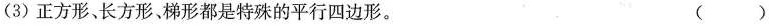
(3)正方形、长方形、梯形都是特殊的平行四边形。 ( )